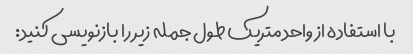
با استفاده از واحد متریک طول جمله زیر را بازنویسی کنید: